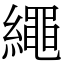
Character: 繩